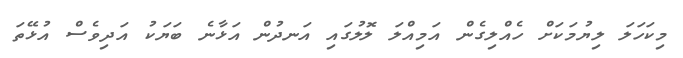
މިކަހަލަ ލިޔުމަކަށް ހެއްލިގެން އަމިއްލަ ލޮލުގައި އަނދުން އަޅާނެ ބަޔަކު އަދިވެސް އުޅޭތަ